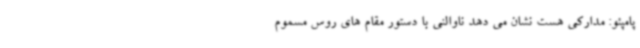
پامپئو: مدارکی هست نشان می دهد ناوالنی با دستور مقام های روس مسموم